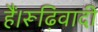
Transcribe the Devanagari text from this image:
हैं।रूढ़िवादी